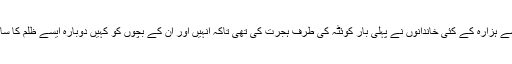
اُس وقت بامیان سے ہزارہ کے کئی خاندانوں نے پہلی بار کوئٹہ کی طرف ہجرت کی تھی تاکہ انہیں اور ان کے بچوں کو کہیں دوبارہ ایسے ظلم کا سامنا نہ کرنا پڑے۔